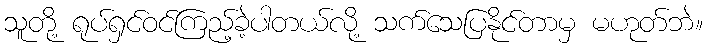
သူတို့ ရုပ်ရှင်ဝင်ကြည့်ခဲ့ပါတယ်လို့ သက်သေပြနိုင်တာမှ မဟုတ်ဘဲ။